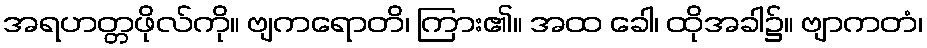
အရဟတ္တဖိုလ်ကို။ ဗျကရောတိ၊ ကြား၏။ အထ ခေါ၊ ထိုအခါ၌။ ဗျာကတံ၊